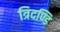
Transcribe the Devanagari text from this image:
त्रिदण्डि